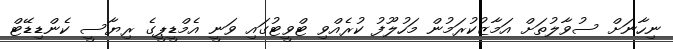
ނިހާނަށް ސުވާލުތަށް އަމާޒުކުރަމުން މަހުލޫފު ކުރެއްވި ޓްވީޓުގައި ވަނީ އެމްޑީޕީގެ ރިޔާސީ ކެންޑިޑޭޓް